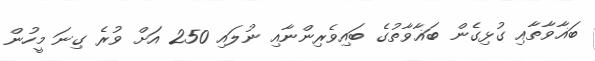
ބަޣާވާތާއި ގުޅިގެން ބަޣާވާތުގެ ބައިވެރިންނާއި ނުލައި 250 އަށް ވުރެ ގިނަ މީހުން